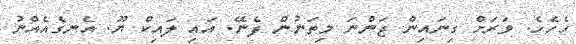
ހެހެހެ. ވަރަށް ގިނައިން ޖަންނަ މިތަނުން ފެނޭ. އައި ލައިކް ޔޫ. އެނގެއެއްނު